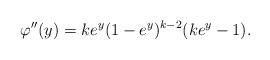
LaTeX: \begin{align*}\varphi''(y)&=ke^y(1-e^y)^{k-2}(ke^y-1).\end{align*}